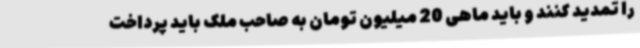
را تمدید کنند و باید ماهی 20 میلیون تومان به صاحب ملک باید پرداخت